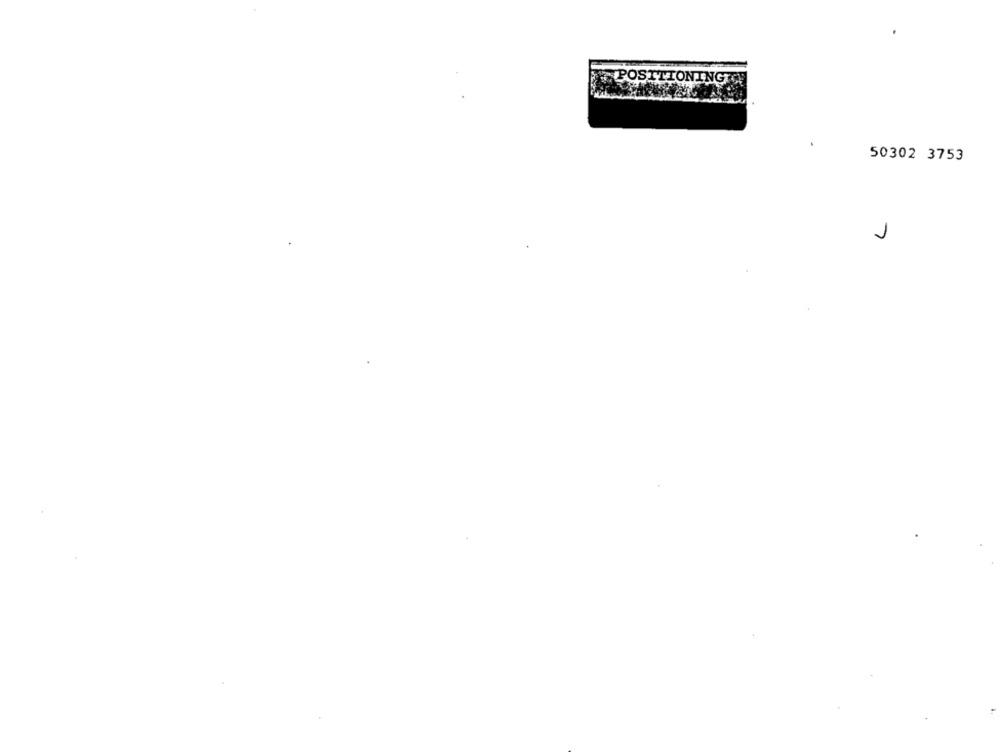
POSITIONINGT
50302 3753
1